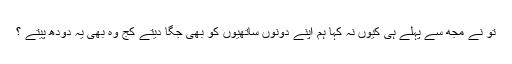
تو نے مجھ سے پہلے ہی کیوں نہ کہا ہم اپنے دونوں ساتھیوں کو بھی جگا دیتے کج وہ بھی یہ دودھ پیتے ؟